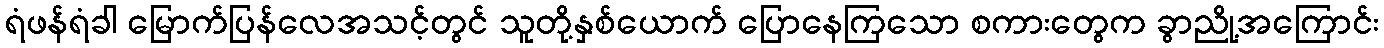
ရံဖန်ရံခါ မြောက်ပြန်လေအသင့်တွင် သူတို့နှစ်ယောက် ပြောနေကြသော စကားတွေက ခွာညို့အကြောင်း